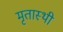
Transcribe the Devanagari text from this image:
मृतास्थी